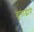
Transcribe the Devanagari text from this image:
दूताद्वारे